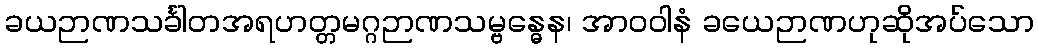
ခယဉာဏသင်္ခါတအရဟတ္တမဂ္ဂဉာဏသမ္ဗန္ဓေန၊ အာဝဝါနံ ခယေဉာဏဟုဆိုအပ်သော